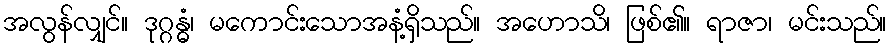
အလွန်လျှင်။ ဒုဂ္ဂန္ဓံ၊ မကောင်းသောအနံ့ရှိသည်။ အဟောသိ၊ ဖြစ်၏။ ရာဇာ၊ မင်းသည်။